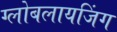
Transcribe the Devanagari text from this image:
ग्लोबलायजिंग